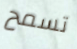
تسمح